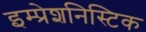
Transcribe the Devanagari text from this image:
इम्प्रेशनिस्टिक